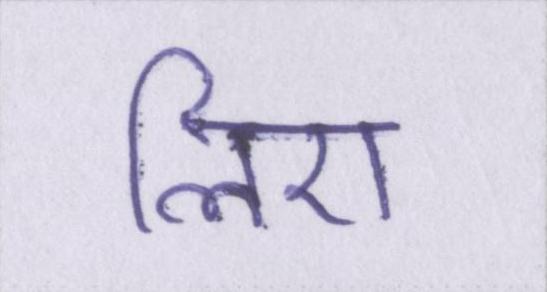
लिए